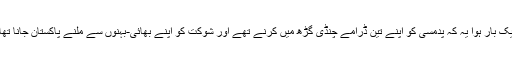
ایک بار ہوا یہ کہ پدمسی کو اپنے تین ڈرامے چنڈی گڑھ میں کرنے تھے اور شوکت کو اپنے بھائی-بہنوں سے ملنے پاکستان جانا تھا۔